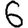
Digit: 6